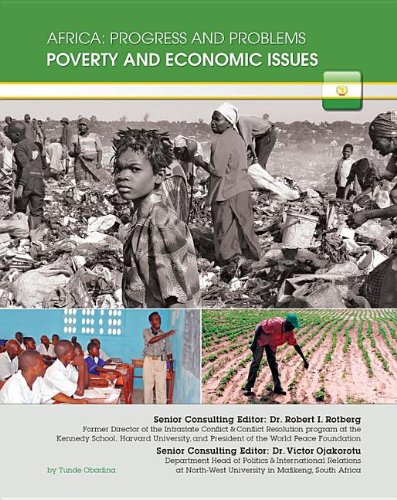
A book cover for Poverty and Economic Issues (Africa: Progress and Problems (Mason Crest)); Tunde Obadina; Teen & Young Adult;